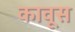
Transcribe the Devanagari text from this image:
कावूस